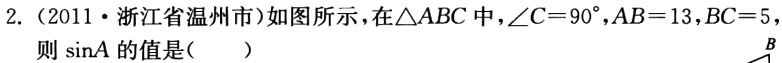
2.（2011·浙江省温州市）如图所示，在\(\triangle ABC\)中，\(\angle C = 90^{\circ}\)，\(AB = 13\)，\(BC = 5\)，则\(\sin A\)的值是（  ）!(https://pic2.zhimg.com/v2-7c87c897777777777777777777777777_b.jpg)